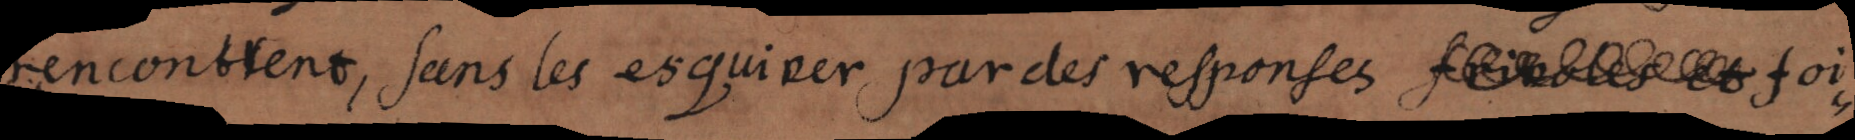
rencontrent, sans les esquiver par des responses frivoles et foi